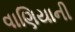
વાણિયાની